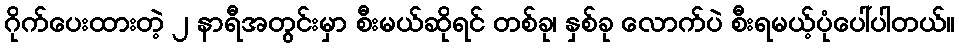
ဂိုက်ပေးထားတဲ့ ၂ နာရီအတွင်းမှာ စီးမယ်ဆိုရင် တစ်ခု၊ နှစ်ခု လောက်ပဲ စီးရမယ့်ပုံပေါ်ပါတယ်။